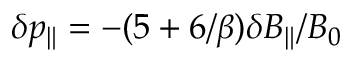
\delta p _ { \| } = - ( 5 + 6 / \beta ) \delta B _ { \| } / B _ { 0 }